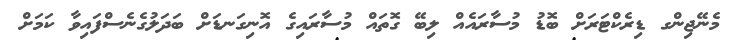
މެނޭޖިންގ ޑިރެކްޓަރަށް ބޮޑު މުސާރައެއް ލިބޭ ގޮތައް މުސާރައިގެ އޮނިގަނޑަށް ބަދަލުގެނެސްފައިވާ ކަމަށް